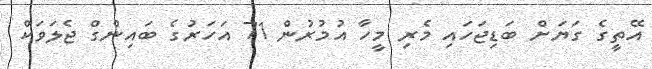
އޭތީގެ ގަޔަށް ބަޑިޖަހައި މެރި މީހާ އުމުރުން 71 އަހަރުގެ ބައިންގް ޖެލަވަކް